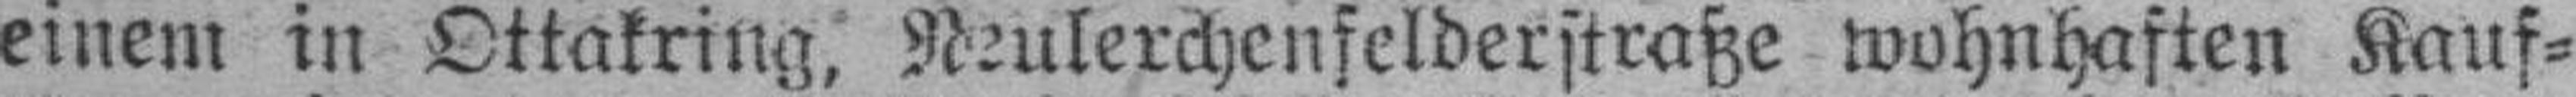
einem in Ottakring, Neulerchenfelderstraße wohnhaften Kauf¬